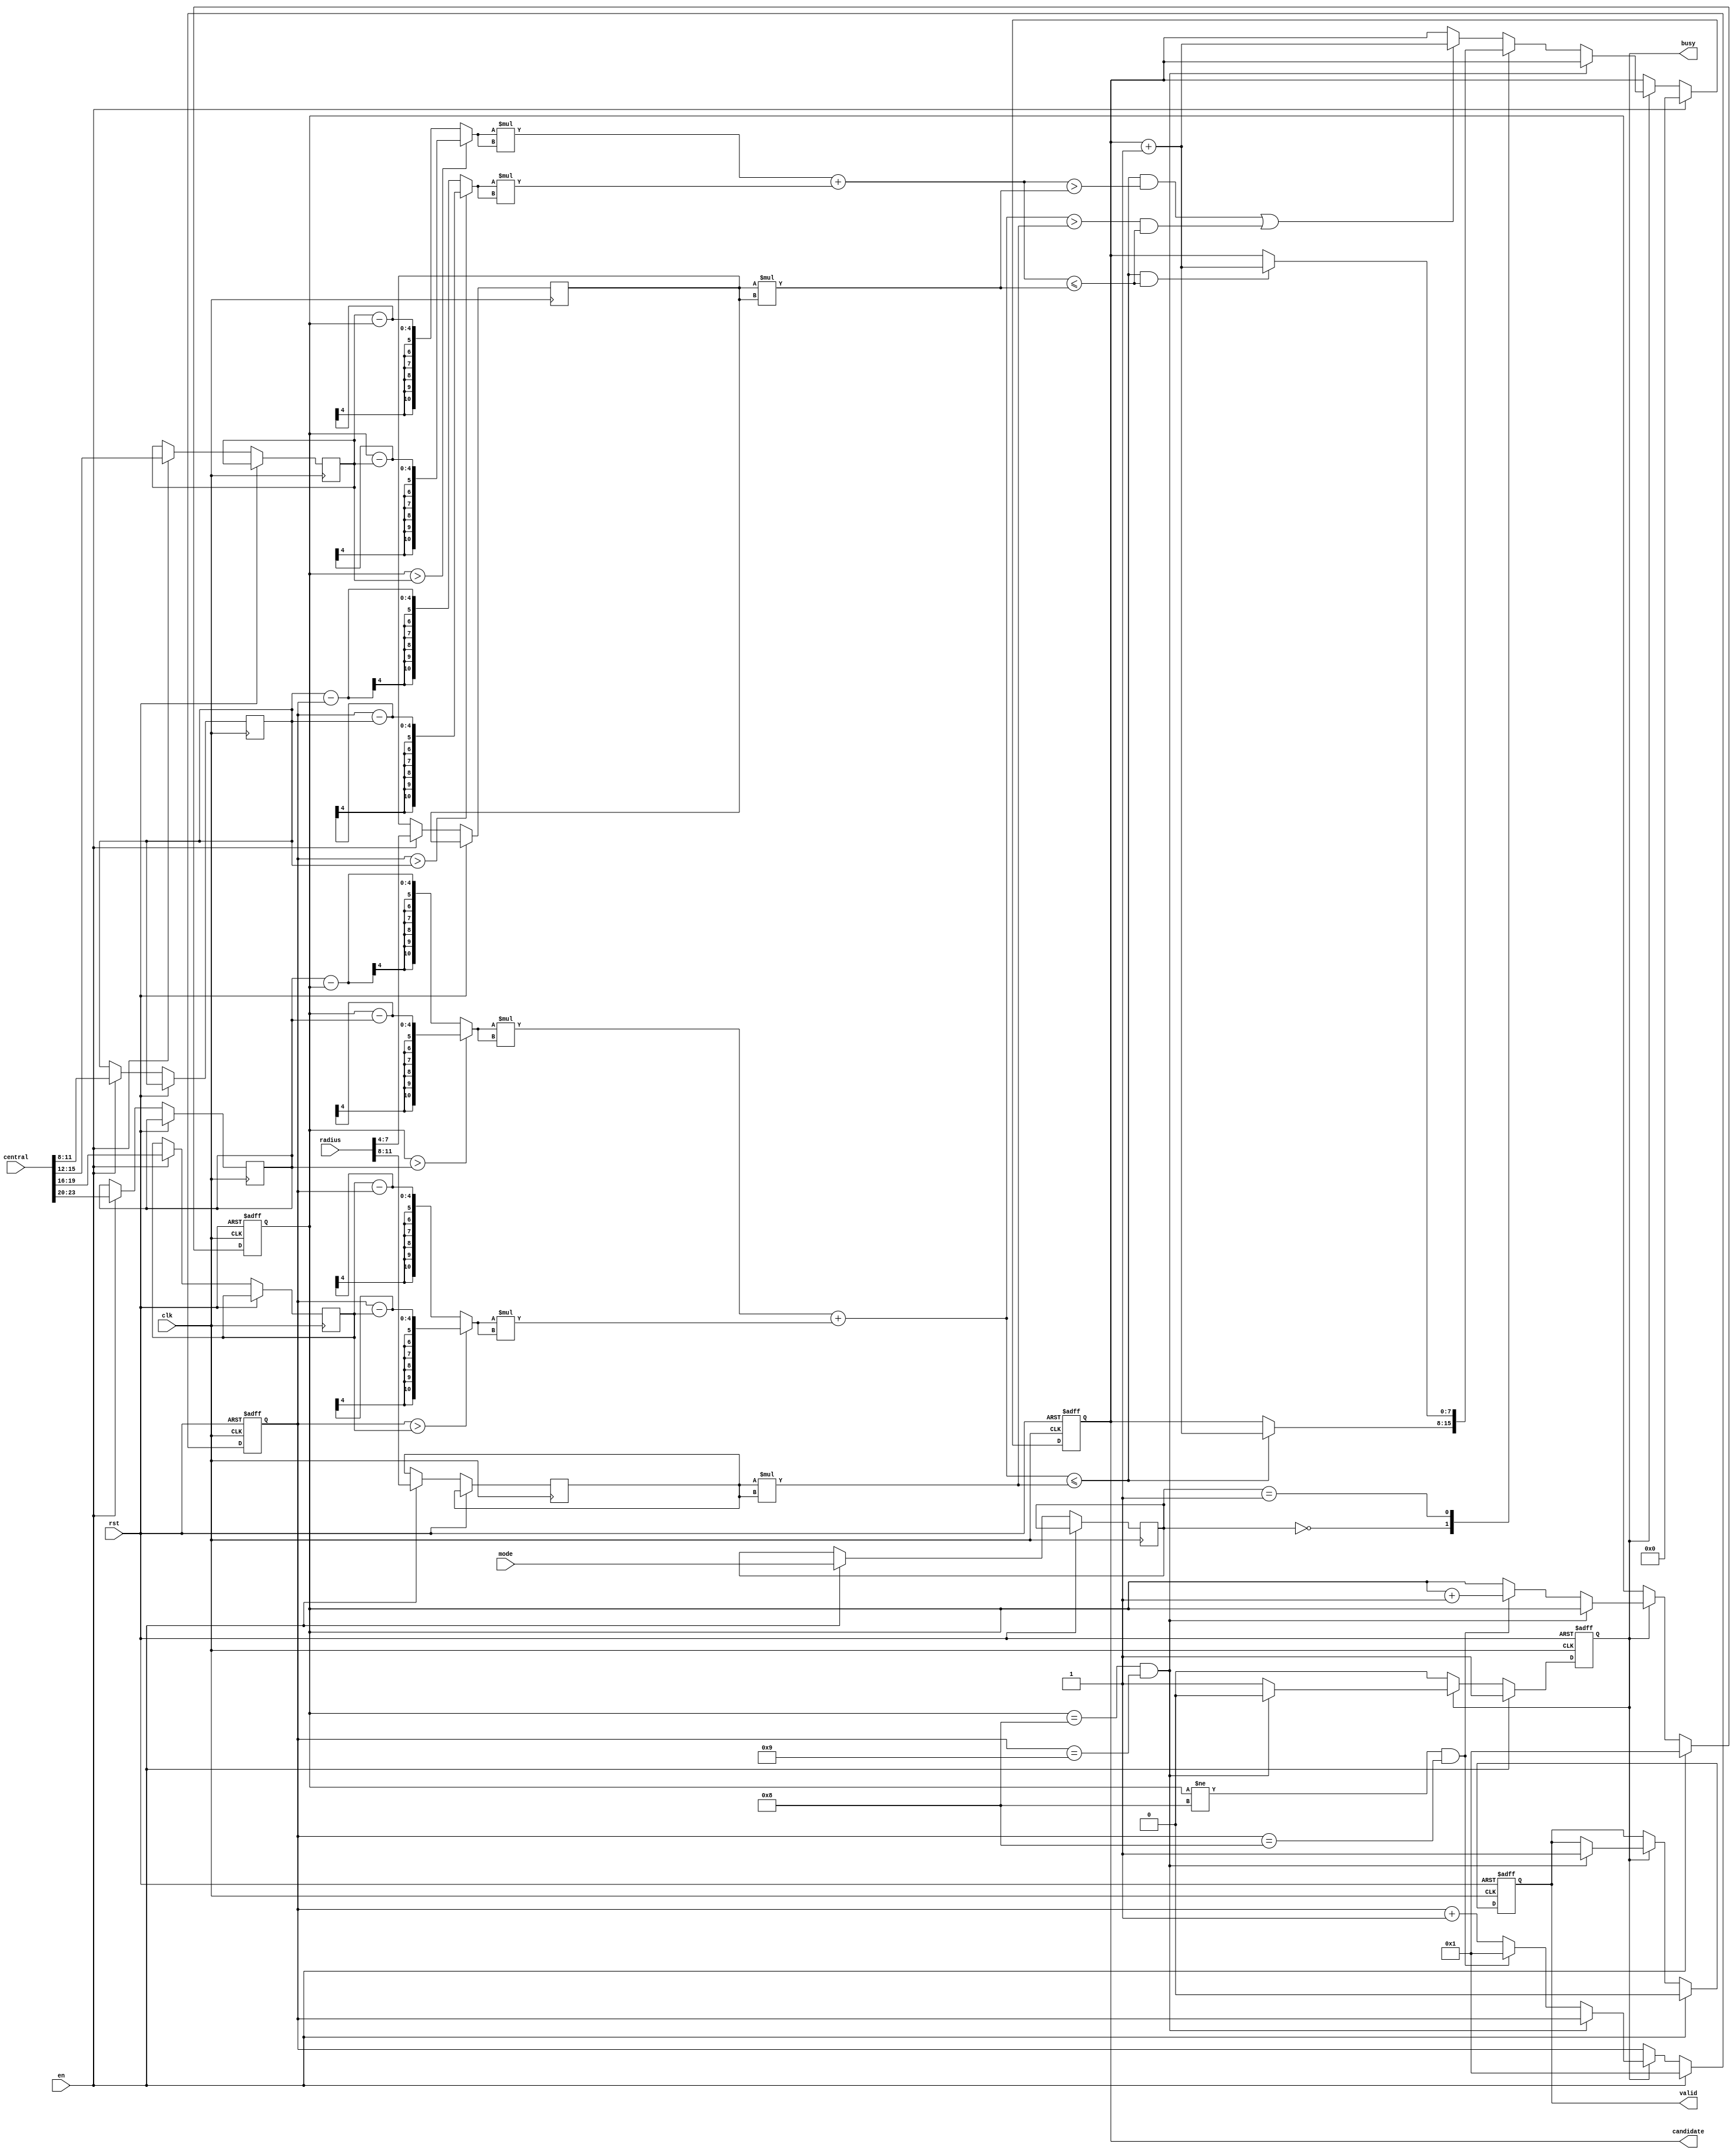
module SET ( clk , rst, en, central, radius, mode, busy, valid, candidate );

input clk, rst;
input en;
input [23:0] central;
input [11:0] radius;
input [1:0] mode;
output reg busy;
output reg valid;
output reg [7:0] candidate;

reg [3:0]x1,y1,x2,y2,r1,r2;
reg[5:0]r1_sqr,r2_sqr; 
reg [3:0]x_test,y_test;
wire  [10:0]x1_real,y1_real,test,x2_real,y2_real,test2;
reg [1:0] m;
always@(posedge clk or posedge rst) begin
  if(rst) begin
    busy <= 1'd0;
    valid <= 1'd0;
    candidate <= 8'd0;
    x_test <= 4'd1;
    y_test <= 4'd1;
  end
  else if(en)begin
    x1 <= central[23:20];
    y1 <= central[19:16];
    x2 <= central[15:12];
    y2 <= central[11:8];
    r1 <= radius[11:8];
    r2 <= radius[7:4];
    m <= mode;
    candidate <= 8'd0;
    valid <= 1'd0;
    x_test <= 4'd1;
    y_test <= 4'd1;
    busy <= 1'd1;
  end
  else if(busy ==1'd1)begin
    if(x_test == 4'd8 &&y_test == 4'd9)begin
      valid <= 1'd1;
      busy <= 1'd0;
    end
    else begin
      if(x_test != 4'd8 &&y_test == 4'd8)begin
        x_test <= x_test + 4'b1;
        y_test <= 4'b1;
      end
      else begin
        y_test <= y_test + 4'b1;
      end
      case(m)
        2'b00:begin
        if(test <= r1_sqr)begin
          candidate <= candidate + 8'd1;
        end
      end
      2'b01:begin
        if(test <= r1_sqr && test2 <= r2_sqr)begin
          candidate <= candidate + 8'd1;
        end
      end
      default:begin
        if(( test  <=  (r1_sqr)  &&  test2  >  (r2_sqr) )||
          (test > r1_sqr && test2 <= r2_sqr))begin
          candidate <= candidate + 8'd1;
        end
      end
      endcase
    end
end
end

always @(*) begin
  r1_sqr = r1*r1;
  r2_sqr = r2*r2;
  
end

assign x1_real = (x_test > x1) ? x_test - x1 : x1 - x_test;
assign y1_real = (y_test > y1) ? y_test - y1 : y1 - y_test;
assign test = (x1_real * x1_real + y1_real * y1_real);
assign x2_real = (x_test > x2) ? x_test - x2 : x2 - x_test;
assign y2_real = (y_test > y2) ? y_test - y2 : y2 - y_test;
assign test2 = (x2_real * x2_real + y2_real * y2_real);


endmodule